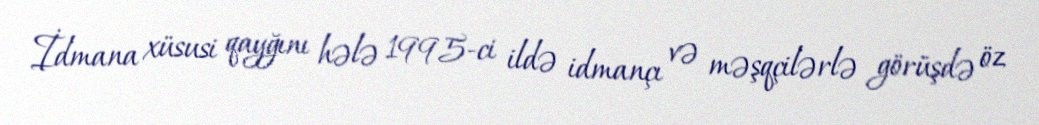
İdmana xüsusi qayğını hələ 1995-ci ildə idmançı və məşqçilərlə görüşdə öz